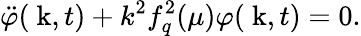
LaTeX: \ddot{\varphi}(\mathrm{\mathbf~k},t)+k^{2}f_{q}^{2}(\mu)\varphi(\mathrm{\mathbf~k},t)=0.